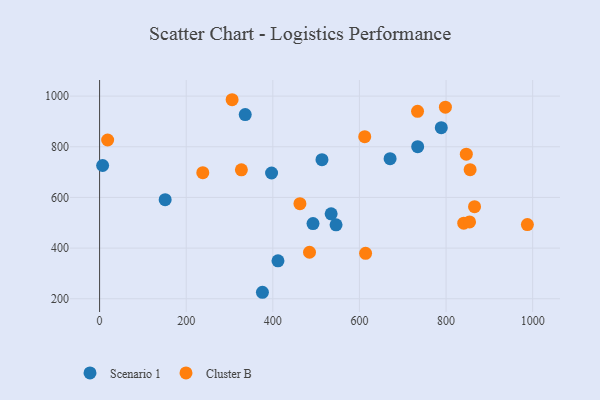
{"axis": {"x": "Speed", "y": "Sales"}, "legend": ["Cluster B", "Scenario 1"], "data": [{"x": "546.0", "y": 492.0, "type": "Scenario 1"}, {"x": "397.1", "y": 696.4, "type": "Scenario 1"}, {"x": "534.7", "y": 535.1, "type": "Scenario 1"}, {"x": "789.0", "y": 875.3, "type": "Scenario 1"}, {"x": "492.8", "y": 496.8, "type": "Scenario 1"}, {"x": "7.0", "y": 726.1, "type": "Scenario 1"}, {"x": "151.4", "y": 591.0, "type": "Scenario 1"}, {"x": "411.9", "y": 349.6, "type": "Scenario 1"}, {"x": "734.5", "y": 800.5, "type": "Scenario 1"}, {"x": "670.8", "y": 753.1, "type": "Scenario 1"}, {"x": "513.5", "y": 748.9, "type": "Scenario 1"}, {"x": "376.0", "y": 225.6, "type": "Scenario 1"}, {"x": "336.3", "y": 926.9, "type": "Scenario 1"}, {"x": "846.8", "y": 770.7, "type": "Cluster B"}, {"x": "327.4", "y": 709.1, "type": "Cluster B"}, {"x": "484.7", "y": 383.6, "type": "Cluster B"}, {"x": "306.0", "y": 985.7, "type": "Cluster B"}, {"x": "614.2", "y": 379.5, "type": "Cluster B"}, {"x": "855.6", "y": 709.5, "type": "Cluster B"}, {"x": "462.6", "y": 575.2, "type": "Cluster B"}, {"x": "840.9", "y": 498.4, "type": "Cluster B"}, {"x": "18.6", "y": 826.8, "type": "Cluster B"}, {"x": "854.3", "y": 503.5, "type": "Cluster B"}, {"x": "612.2", "y": 839.7, "type": "Cluster B"}, {"x": "865.8", "y": 563.5, "type": "Cluster B"}, {"x": "798.5", "y": 956.2, "type": "Cluster B"}, {"x": "238.3", "y": 697.8, "type": "Cluster B"}, {"x": "734.2", "y": 940.0, "type": "Cluster B"}, {"x": "987.8", "y": 492.9, "type": "Cluster B"}]}